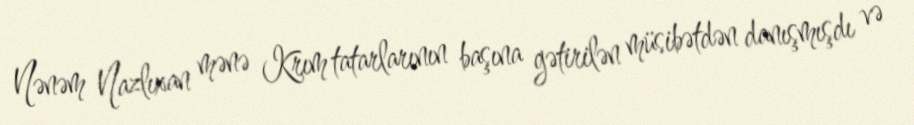
Nənəm Nazlıxan mənə Krım tatarlarının başına gətirilən müsibətdən danışmışdı və